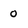
Character: 0